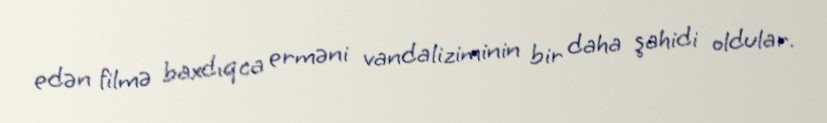
edən filmə baxdıqca erməni vandaliziminin bir daha şahidi oldular.